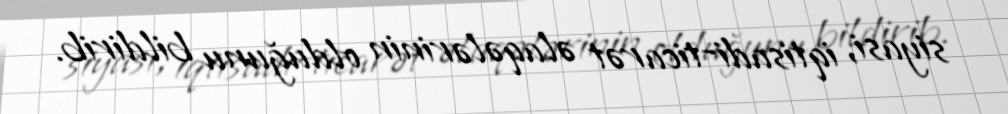
siyasi, iqtisadi-ticarət əlaqələrinin olduğunu bildirib.